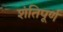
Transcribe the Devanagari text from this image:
शंतिपूर्ण